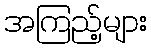
အကြည့်များ